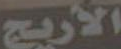
الأريج